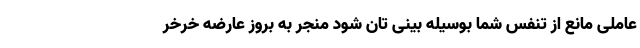
عاملی مانع از تنفس شما بوسیله بینی تان شود منجر به بروز عارضه خرخر